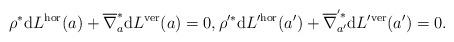
LaTeX: \begin{gather*} \rho ^\ast \mathrm{d} L ^\textup{hor} (a) + \overline{ \nabla }_a ^\ast \mathrm{d} L ^\textup{ver} (a) = 0 , \rho ^{\prime \ast} \mathrm{d} L ^{\prime \textup{hor}} (a ^\prime ) + \overline{ \nabla } _{a ^\prime } ^{^\prime \ast} \mathrm{d} L ^{\prime \textup{ver}} (a ^\prime ) = 0 . \end{gather*}